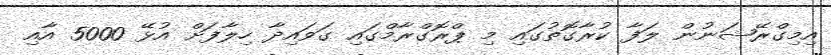
އިމިގްރޭޝަނުން ލަފާ ކުރާގޮތުގައި މި ޕްރޮގްރާމްގައި ގަވައިދާ ހިލާފަށް އުޅޭ 5000 އާއި